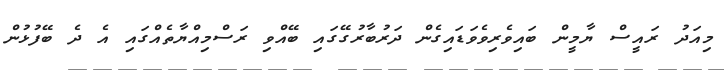
މިއަދު ރައީސް ޔާމީން ބައިވެރިވެވަޑައިގެން ދަރުބާރުގޭގައި ބޭއްވި ރަސްމިއްޔާތެއްގައި އެ ދެ ބޭފުޅުން